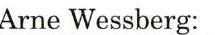
Arne Wessberg: